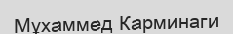
Мұхаммед Карминаги